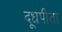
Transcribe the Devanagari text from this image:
दूधपीता